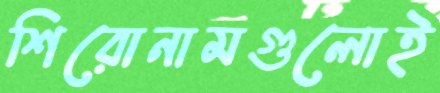
শিরোনামগুলোই